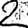
Digit: 2